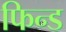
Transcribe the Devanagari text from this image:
फिन्ड